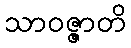
သာဝဇ္ဇာတိ